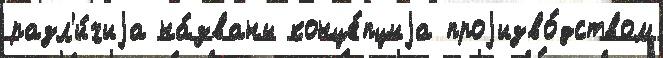
разл'и́чиjа на́званы конце́пциjа проjизво́дством